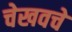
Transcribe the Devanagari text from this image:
चेखवचे